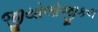
જીયોલોજીકલ